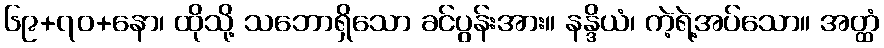
၆၉+၇၀+နော၊ ထိုသို့ သဘောရှိသော ခင်ပွန်းအား။ နန္ဒိယံ၊ ကဲ့ရဲ့အပ်သော။ အတ္ထံ